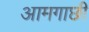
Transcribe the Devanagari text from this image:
आमगाछी